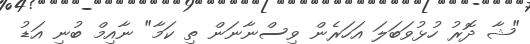
"ޝާ ދޮރު ހުޅުވަބަލަ އަހަރެން ވިސްނާނަން ތި ކަމާ" ނާއިމް ބުނި އަޑު